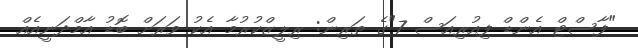
"ފާސްޓް އެންޑް ފިއުރިއަސް 7"ގެ ތަރިން: ރިލީޒްކުރުމާ އެކު ވަރަށް ބޮޑު އާމްދަނީއެއް